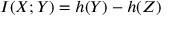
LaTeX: I ( X ; Y ) = h ( Y ) - h ( Z ) \,